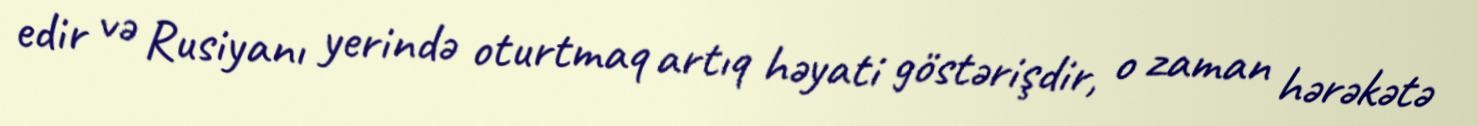
edir və Rusiyanı yerində oturtmaq artıq həyati göstərişdir, o zaman hərəkətə